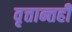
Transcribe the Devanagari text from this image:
वृत्तान्तही